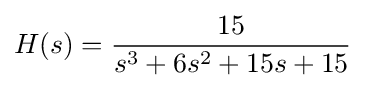
H(s)={\frac {15}{s^{3}+6s^{2}+15s+15}}